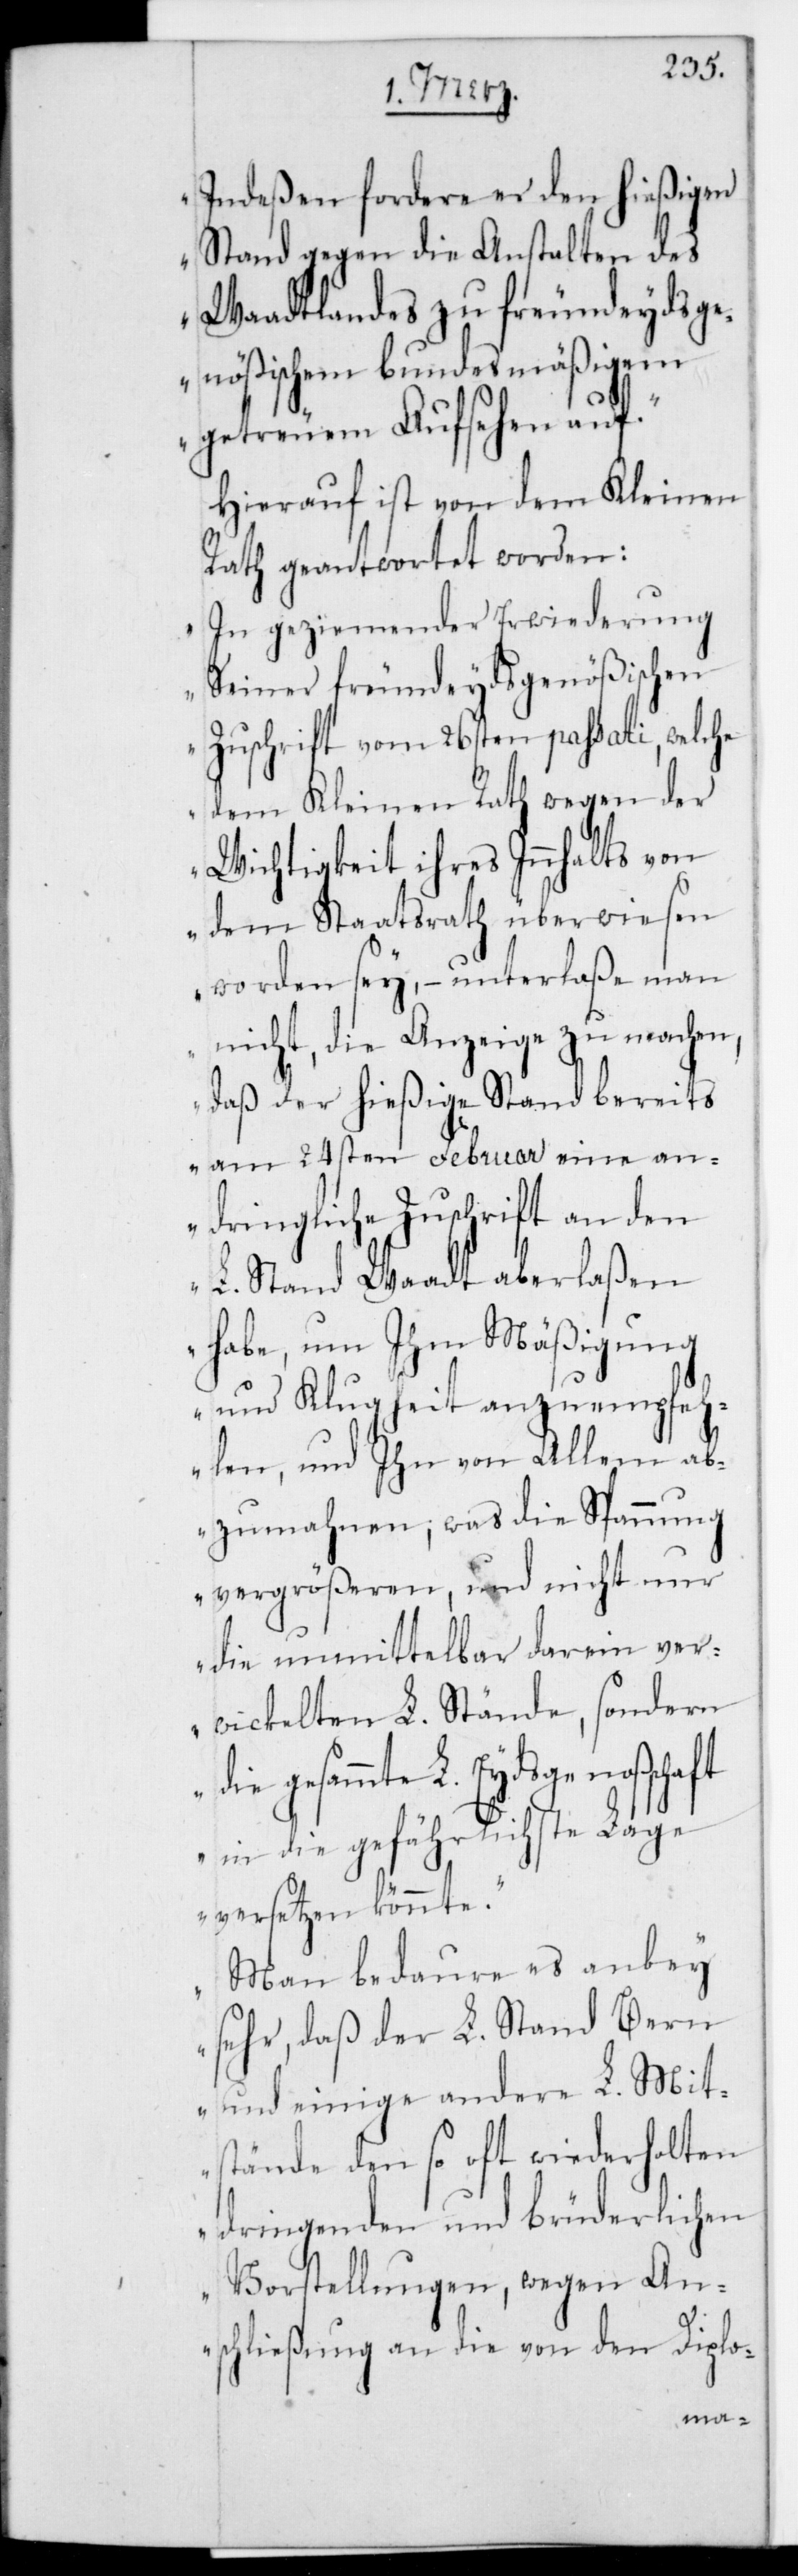
Indeßen fordere er den hießigen
Stand gegen die Anstalten des
Waadtlandes zu freundeydsge¬
nößischem bundesmäßigem
getreuem Aufsehen auf“.
Hierauf ist von dem Kleinen
Rath geantwortet worden:
„In geziemender Erwiderung
seiner freundeydsgenößischen
Zuschrift vom 26sten passati, welche
dem Kleinen Rath wegen der
Wichtigkeit ihres Innhalts von
dem Staatsrath überwiesen
worden sey, – unterlaße man
nicht, die Anzeige zu machen,
daß der hießige Stand bereits
am 24sten Februar eine an¬
dringliche Zuschrift an den
L. Stand Waadt aberlaßen
habe, um ihm Mäßigung
und Klugheit anzuempfeh¬
len, und ihn von allem ab¬
zumahnen, was die Spannung
vergrößeren und nicht nur
die unmittelbar darein ver¬
wickelten L. Stände, sondern
enschaft
in die gefährlichste Lage
versetzen könnte.
Man bedaure es anbey
sehr, daß der L. Stand Bern
und einige andere L. Mit¬
stände den so oft wiederholten
dringenden und brüderlichen
Vorstellungen, wegen An¬
schließung an die von den Diplo-